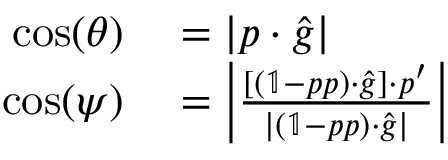
\begin{array} { r l } { \cos ( \theta ) } & { { } = \left| \boldsymbol { p } \cdot \boldsymbol { \hat { g } } \right| } \\ { \cos ( \psi ) } & { { } = \left| \frac { \left[ \left( \mathbb { 1 } - \boldsymbol { p } \boldsymbol { p } \right) \cdot \boldsymbol { \hat { g } } \right] \cdot \boldsymbol { p ^ { \prime } } } { | \left( \mathbb { 1 } - \boldsymbol { p } \boldsymbol { p } \right) \cdot \boldsymbol { \hat { g } } | } \right| } \end{array}